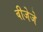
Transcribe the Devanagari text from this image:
बीजेजे